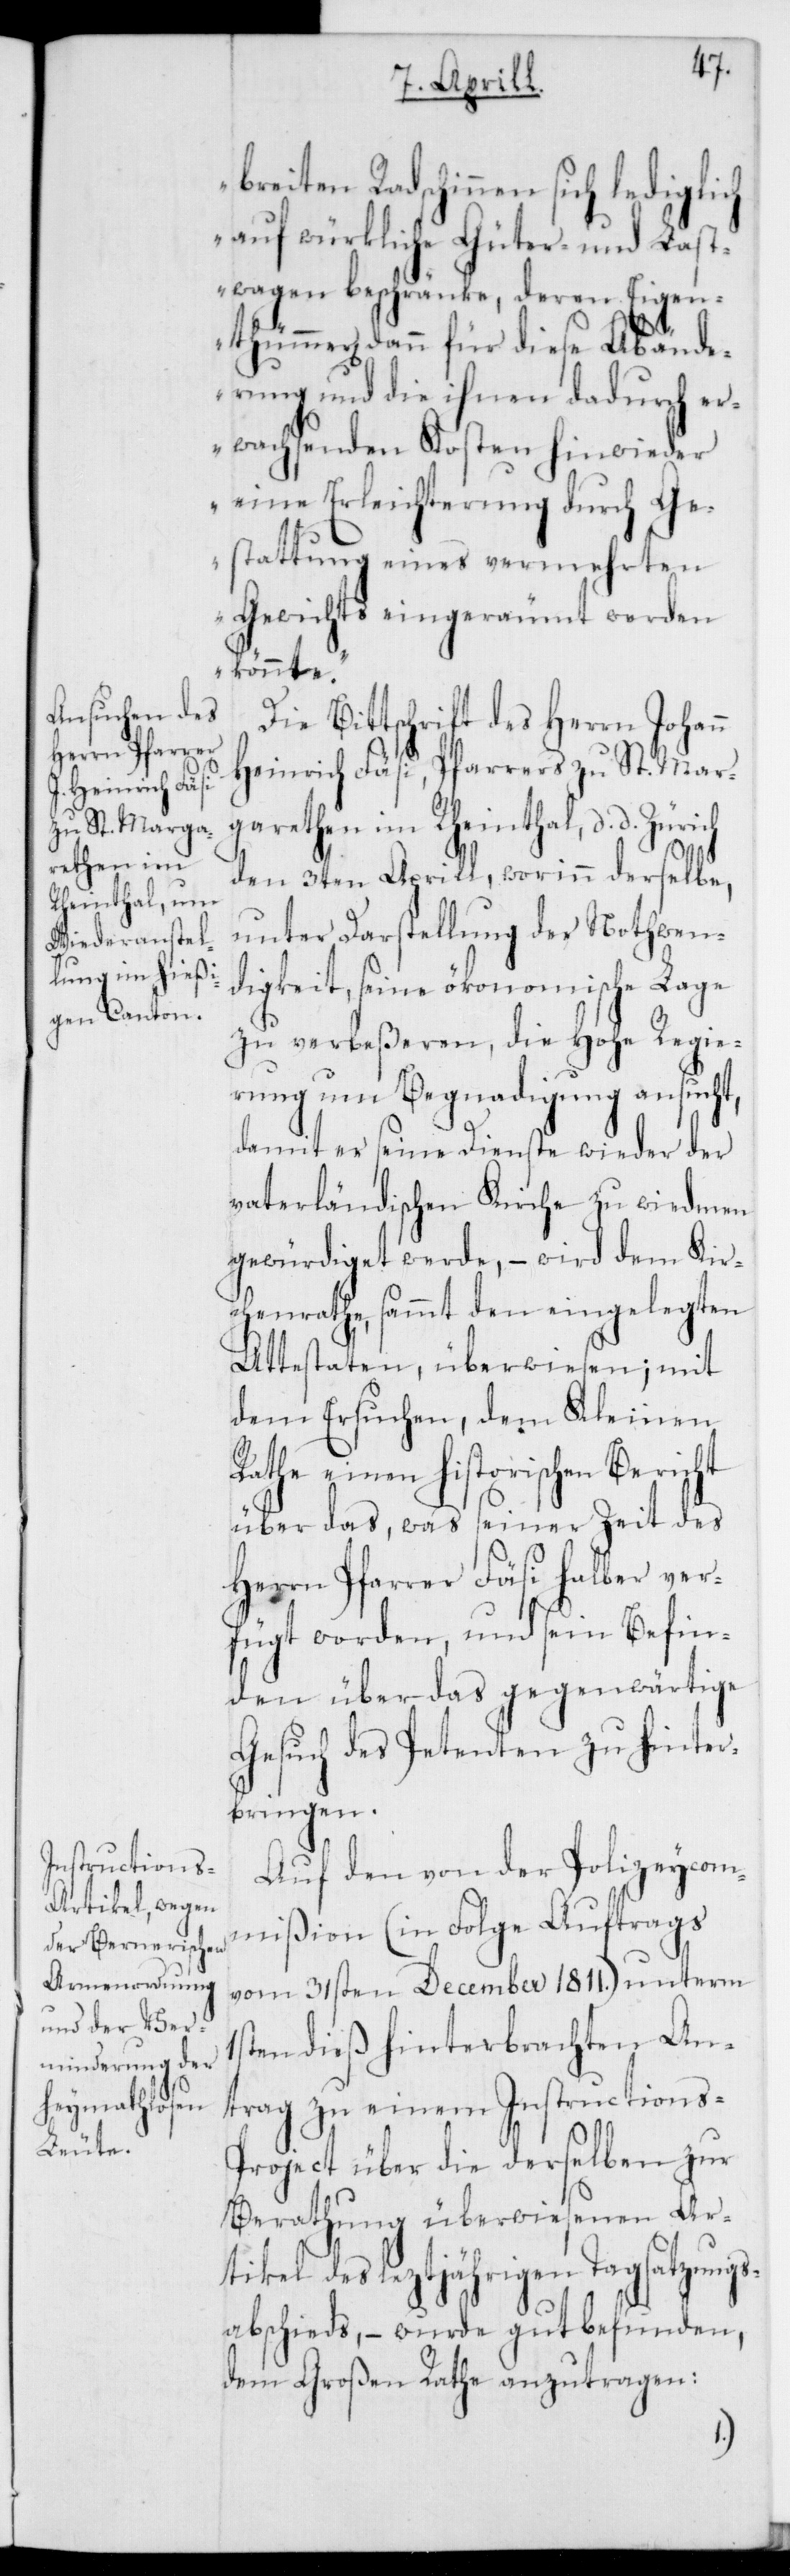
1s¬
breiten Radschinnen sich lediglich
auf würkliche Güter- und Last¬
wagen beschränke, deren Eigen¬
thümer dann für diese Abände¬
rung und die ihnen dadurch er¬
wachsenden Kosten hinwieder
eine Erleichterung durch Ge¬
stattung eines vermehrten
Gewichts eingeräumt werden
könnte“.
Bittschrift des Herrn Johan¬
Heinrich Fäsi, Pfarrers zu St. Mar¬
grethen im Rheinthal, d. d. Zürich
den 3ten Aprill, worin derselbe,
unter Darstellung der Nothwen¬
digkeit, seine ökonomische Lage
zu verbeßeren, die Hohe Regie¬
rung um Begnadigung ansucht,
damit er seine Dienste wieder der
vaterländischen Kirche zu wiedmen
gewürdiget werde, – wird dem Kir¬
chenrathe sammt den eingelegten
Attestaten, überwiesen; mit
dem Ersuchen, dem Kleinen
einen historischen Bericht
über das, was seiner Zeit des
Herrn Pfarrer Fäsi halber ver¬
fügt worden, und sein Befin¬
den über das gegenwärtige
Gesuch des Petenten zu hinter¬
bringen.
Auf den von der Polizeycom¬
mißion (in Folge Auftrags
vom 31sten December 1811.) unterm
ten dieß hinterbrachten An¬
trag zu einem Instructions-P¬
roject über die derselben zur
Berathung überwiesenen Ar¬
tikel des leztjährigen Tagsatzungs¬
abschieds, – wurde gut befunden,
dem Großen Rathe anzutragen: